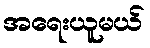
အရေးယူမယ်